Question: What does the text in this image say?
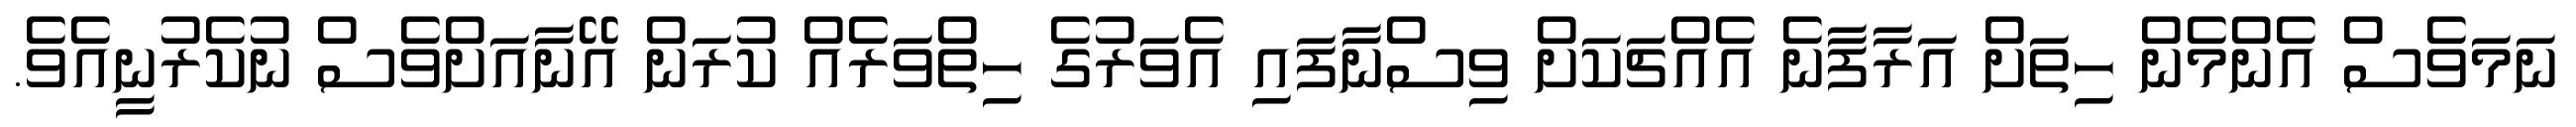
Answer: ނަމަވެސް އެންމެން ހިތަށް އަރާފާނެ އެއްޗަކަށް ވިސްނާފައި އެވަރުގެ ހިތްވަރެއް ކުރަން އޭނާއަށްވެސް ނުކެރުނީއެވެ.